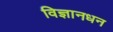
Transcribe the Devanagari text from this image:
विज्ञानधन